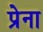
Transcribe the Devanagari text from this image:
प्रेना